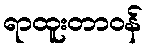
ရာထူးတာဝန်